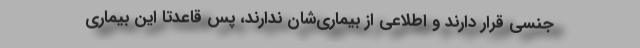
جنسی قرار دارند و اطلاعی از بیماری‌شان ندارند، پس قاعدتا این بیماری